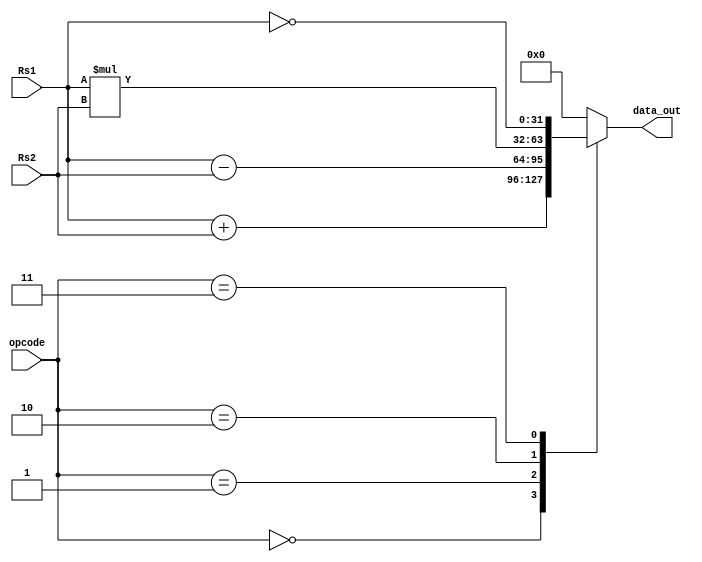
`timescale 1ns / 1ps
//////////////////////////////////////////////////////////////////////////////////
// Company: 
// Engineer: 
// 
// Design Name: 
// Module Name: ALU
// Project Name: 
// Target Devices: 
// Tool Versions: 
// Description: 
// 
// Dependencies: 
// 
// Revision:
// Revision 0.01 - File Created
// Additional Comments:
// 
//////////////////////////////////////////////////////////////////////////////////


module ALU(
 output reg [31:0] data_out,
 input [31:0] Rs1,
 input [31:0] Rs2,
 input [5:0] opcode
 );
always@(Rs1, Rs2, opcode)
begin
case(opcode)
6'b000000: data_out = Rs1+Rs2;
6'b000001: data_out = Rs1-Rs2;
6'b000010: data_out = Rs1*Rs2;
6'b000011: data_out = ~Rs1;
default: data_out = 6'd0;
endcase
end
endmodule